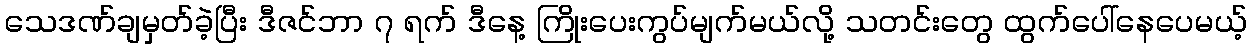
သေဒဏ်ချမှတ်ခဲ့ပြီး ဒီဇင်ဘာ ၇ ရက် ဒီနေ့ ကြိုးပေးကွပ်မျက်မယ်လို့ သတင်းတွေ ထွက်ပေါ်နေပေမယ့်